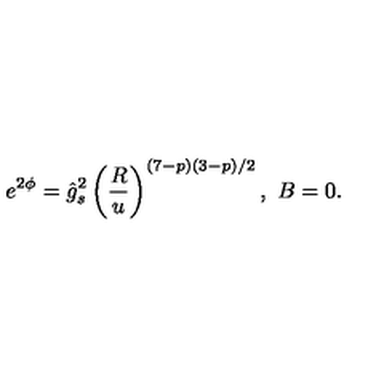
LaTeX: e ^ { 2 \phi } = \hat { g } _ { s } ^ { 2 } \left( \frac { R } { u } \right) ^ { ( 7 - p ) ( 3 - p ) / 2 } , \ B = 0 .